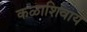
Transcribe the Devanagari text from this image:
कळाशिवाय